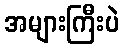
အများကြီးပဲ